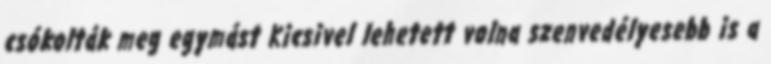
csókolták meg egymást Kicsivel lehetett volna szenvedélyesebb is a